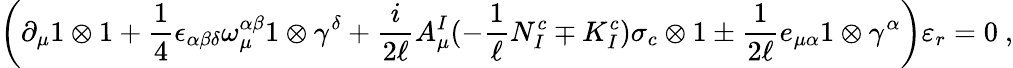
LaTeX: \left(\partial_{\mu}1\otimes 1+\frac{1}{4}\epsilon_{\alpha\beta\delta}\omega_{\mu}^{\alpha\beta}1\otimes\gamma^{\delta}+\frac{i}{2\ell}A_{\mu}^{I}(-\frac{1}{\ell}N_{I}^{c}\mp K_{I}^{c})\sigma_{c}\otimes 1\pm\frac{1}{2\ell}e_{\mu\alpha}1\otimes\gamma^{\alpha}\right)\varepsilon_{r}=0\ ,